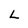
Character: L